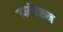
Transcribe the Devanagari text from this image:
उपमेवरून